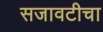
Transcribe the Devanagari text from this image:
सजावटीचा